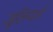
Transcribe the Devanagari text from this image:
जूलियर्ड